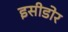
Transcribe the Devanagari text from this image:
इसीडोर